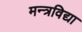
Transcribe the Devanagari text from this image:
मन्त्रविद्या